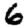
Digit: 6